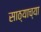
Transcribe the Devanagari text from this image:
साठ्याच्या